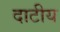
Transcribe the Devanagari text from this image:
दाटीय